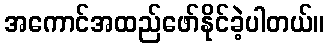
အကောင်အထည်ဖော်နိုင်ခဲ့ပါတယ်။